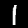
Label: 1